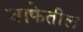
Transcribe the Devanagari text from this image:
वाफेतील